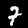
Digit: 7